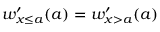
w _ { x \leq a } ^ { \prime } ( a ) = w _ { x > a } ^ { \prime } ( a )